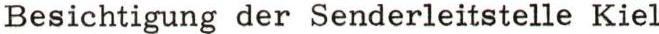
Besichtigung der Senderleitstelle Kiel